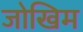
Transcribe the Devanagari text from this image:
जोखिम